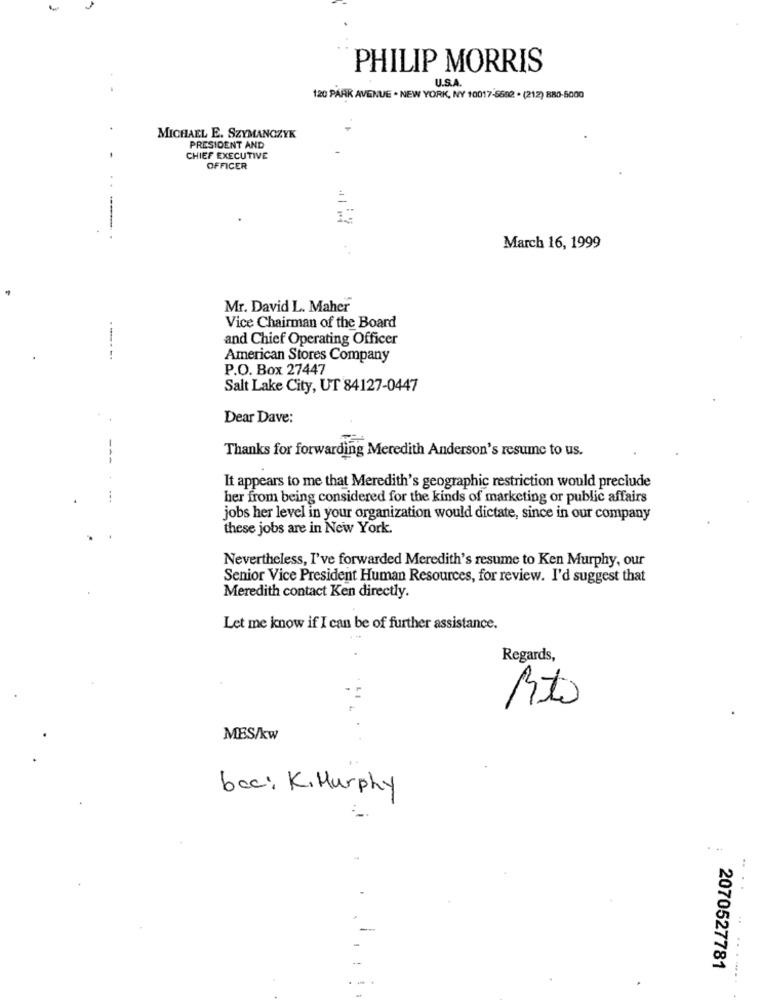
PHILIP MORRIS
U.S.A.
120 PARK AVENUE . NEW YORK, NY 10017-5692 . (212) 880-5000
4.
MICHAEL E. SZYMANOZYK
PRESIDENT AND
CHIEF EXECUTIVE
OFFICER
::
March 16, 1999
Mr. David L. Maher
Vice Chairman of the Board
and Chief Operating Officer
---- -.
American Stores Company
P.O. Box 27447
Salt Lake City, UT 84127-0447
Dear Dave:
Thanks for forwarding Meredith Anderson's resume to us.
--
It appears to me that Meredith's geographic restriction would preclude
her from being considered for the kinds of marketing or public affairs
jobs her level in your organization would dictate, since in our company
these jobs are in New York.
Nevertheless, I've forwarded Meredith's resume to Ken Murphy, our
Senior Vice President Human Resources, for review. I'd suggest that
Meredith contact Ken directly.
Let me know if I can be of further assistance.
Regards,
Rt
MES/kw
baci K. Murphy
..
--
2070527781
...